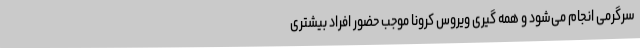
سرگرمی انجام می‌شود و همه گیری ویروس کرونا موجب حضور افراد بیشتری